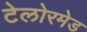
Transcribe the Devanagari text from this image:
टेलोरमेड